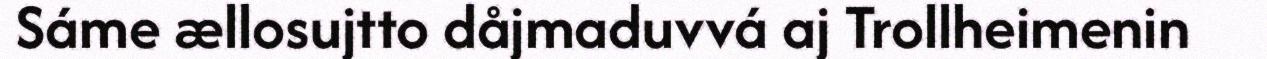
Sáme ællosujtto dåjmaduvvá aj Trollheimenin